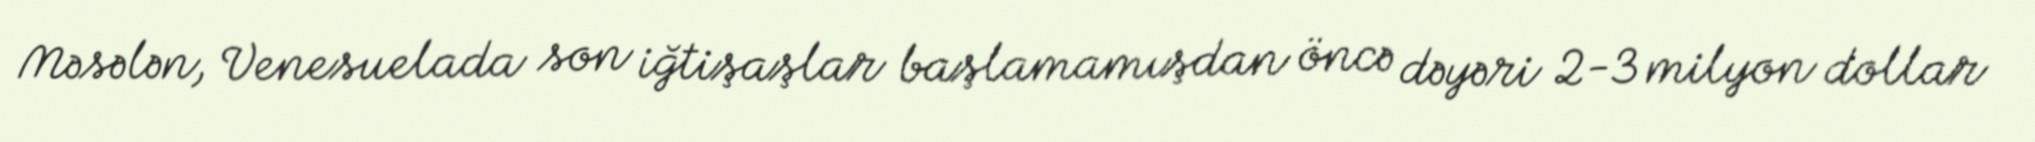
Məsələn, Venesuelada son iğtişaşlar başlamamışdan öncə dəyəri 2-3 milyon dollar